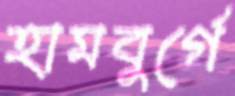
হামবুর্গে